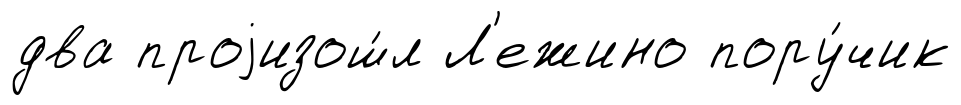
два проjизош́л Л'ежино пору́чик